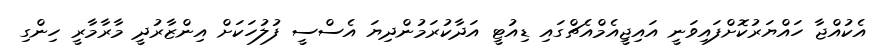
އެކުއްޖާ ހައްޔަރުކޮށްފައިވަނީ އައިޖީއެމްއެޗްގައި ޑިއުޓީ އަދާކުރަމުންދިޔަ އެސްސީ ފުލުހަކަށް އިންޒާރުދީ މާރާމާރީ ހިންގި